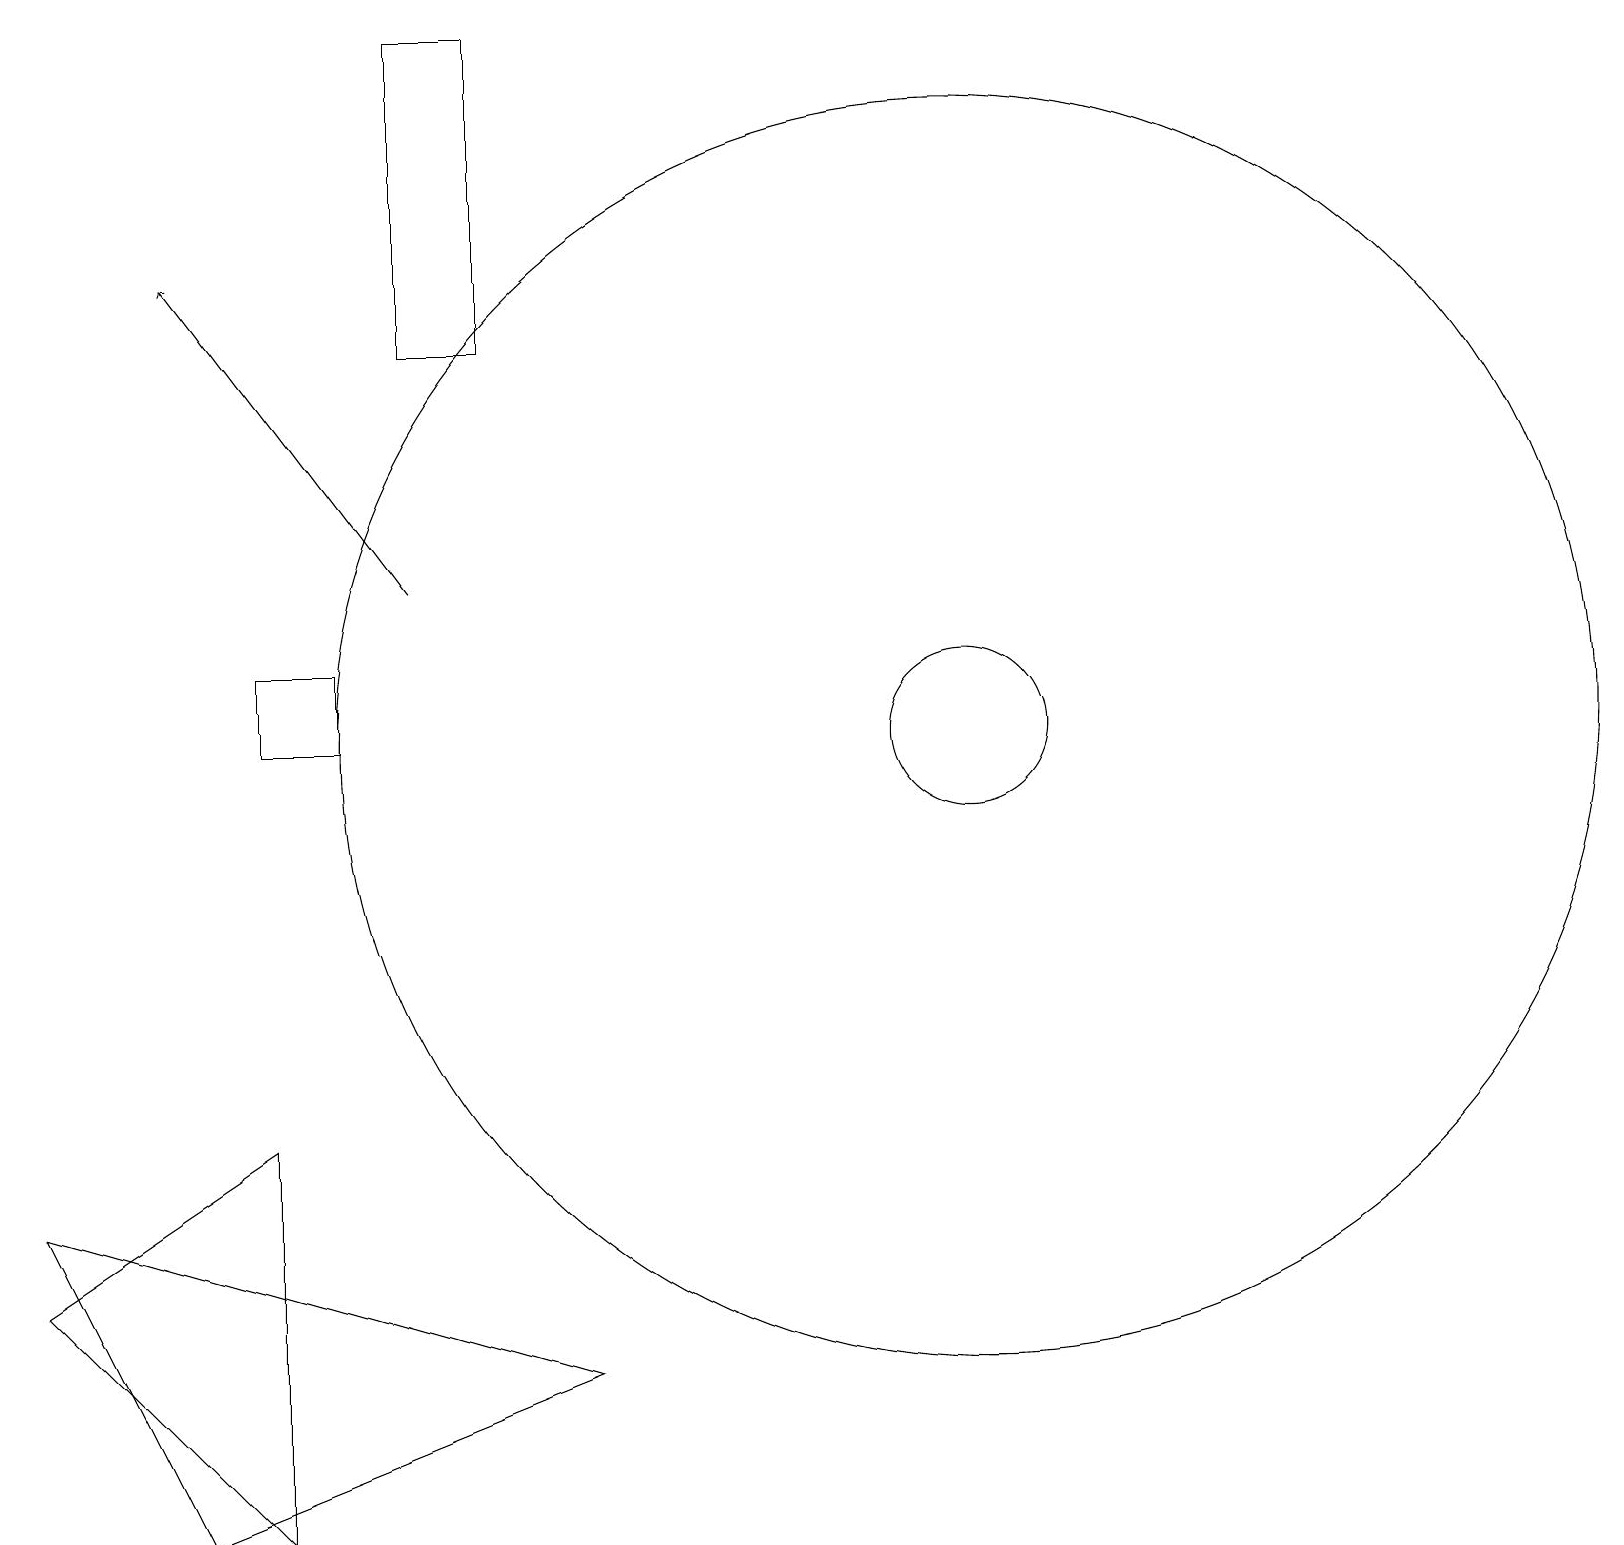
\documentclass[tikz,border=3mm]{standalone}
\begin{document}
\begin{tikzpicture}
\draw (7,2) -- (2,0) -- (0,4) -- cycle;
\draw (12,10) circle (8);
\draw (0,3) -- (3,0) -- (3,5) -- cycle;
\draw (4,11) rectangle (3,10);
\draw[->] (5,12) -- (2,16);
\draw (5,15) rectangle (6,19);
\draw (12,10) circle (1);
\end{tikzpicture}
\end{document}